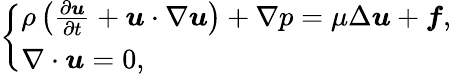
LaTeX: \left\{ \begin{array}{l}{\rho\left(\frac{\partial\boldsymbol{u}}{\partial t}+\boldsymbol{u}\cdot\nabla\boldsymbol{u}\right)+\nabla p=\mu\Delta\boldsymbol{u}+\boldsymbol{f},}\\ {\nabla\cdot\boldsymbol{u}=0,}\end{array}\right.